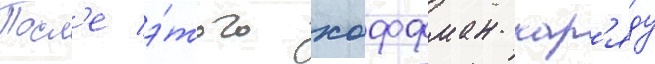
Посл'е э́того хоффман нар'яду